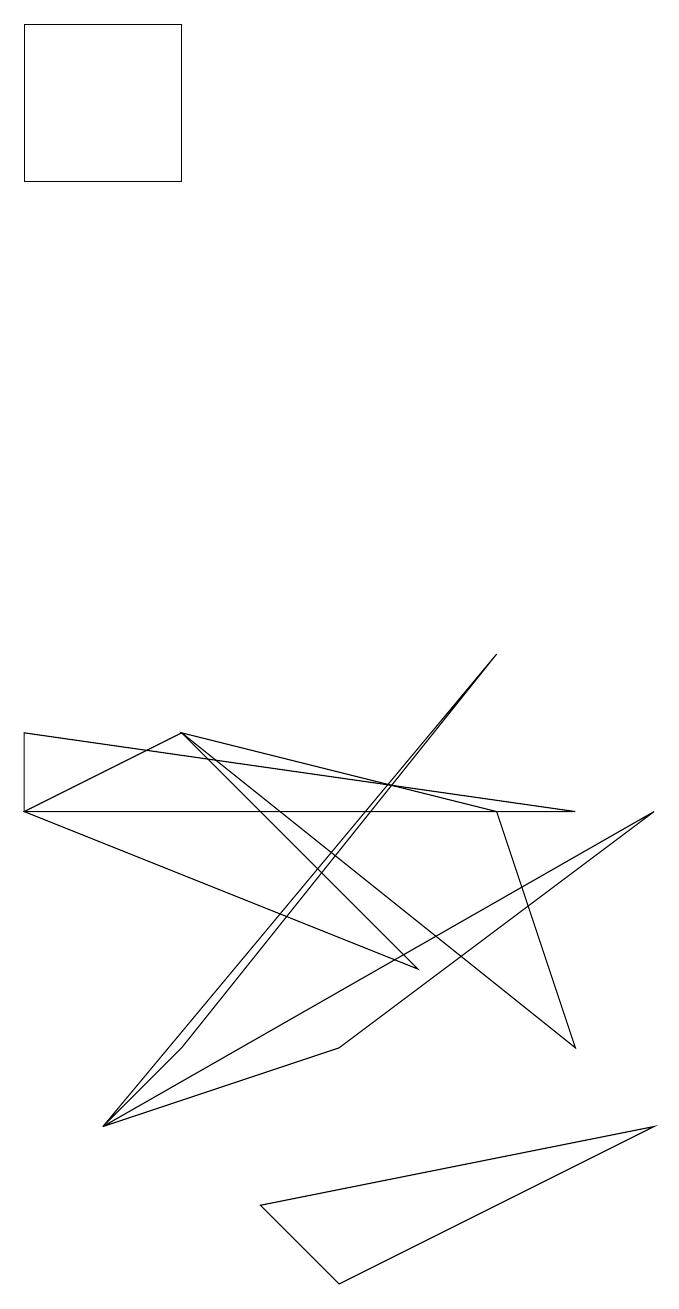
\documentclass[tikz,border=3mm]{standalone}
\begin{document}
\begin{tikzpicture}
\draw (8,2) -- (4,0) -- (3,1) -- cycle;
\draw (8,6) -- (1,2) -- (4,3) -- cycle;
\draw (2,16) rectangle (0,14);
\draw (6,8) -- (1,2) -- (2,3) -- cycle;
\draw (7,3) -- (6,6) -- (2,7) -- cycle;
\draw (0,6) -- (0,7) -- (7,6) -- cycle;
\draw (2,7) -- (0,6) -- (5,4) -- cycle;
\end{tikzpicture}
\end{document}